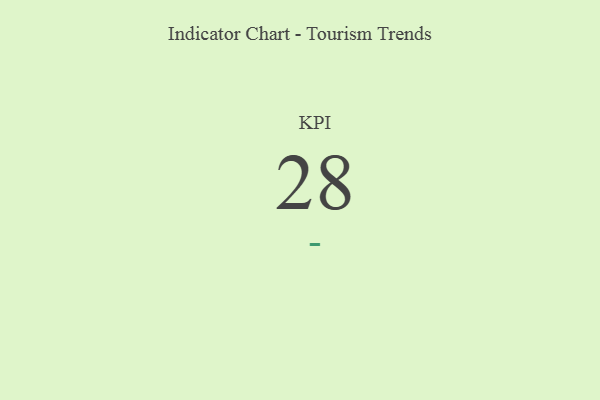
{"axis": {"x": "KPI", "y": "Value"}, "legend": [""], "data": [{"x": "KPI", "y": 28, "type": ""}]}